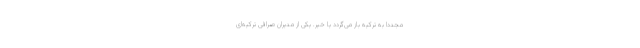
مجدداً به ترکیه باز می‌گردد یا خیر. یکی از مدیران صرافی ترکیه‌ای